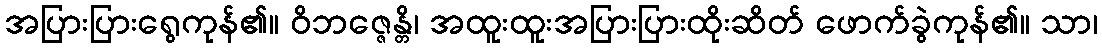
အပြားပြားရွေကုန်၏။ ဝိဘဇ္ဇေန္တိ၊ အထူးထူးအပြားပြားထိုးဆိတ် ဖောက်ခွဲကုန်၏။ သာ၊